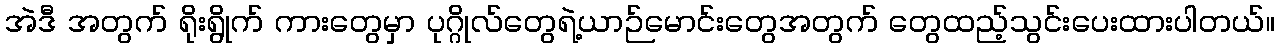
အဲဒီ အတွက် ရိုးရွိုက် ကားတွေမှာ ပုဂ္ဂိုလ်တွေရဲ့ယာဉ်မောင်းတွေအတွက် တွေထည့်သွင်းပေးထားပါတယ်။